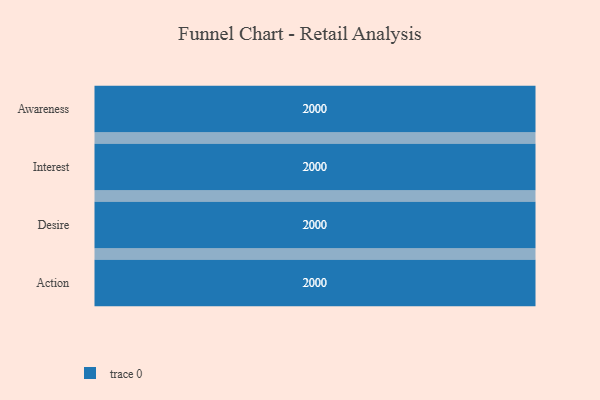
{"axis": {"x": "Stage", "y": "Value"}, "legend": [""], "data": [{"x": "Awareness", "y": 2000, "type": ""}, {"x": "Interest", "y": 2000, "type": ""}, {"x": "Desire", "y": 2000, "type": ""}, {"x": "Action", "y": 2000, "type": ""}]}